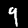
Digit: 9